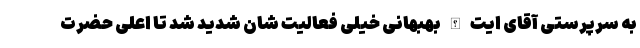
به سرپرستی آقای ایت الله بهبهانی خیلی فعالیت شان شدید شد تا اعلی حضرت